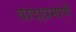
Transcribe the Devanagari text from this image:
वादाप्रमाणें